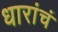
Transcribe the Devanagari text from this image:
धारांचं